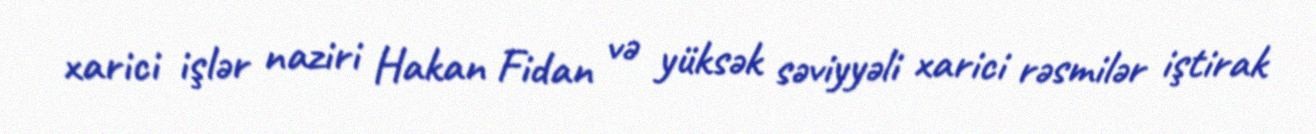
xarici işlər naziri Hakan Fidan və yüksək səviyyəli xarici rəsmilər iştirak